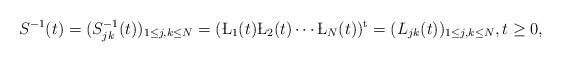
LaTeX: \begin{align*}S^{-1}(t) = (S^{-1}_{jk}(t))_{1 \leq j, k \leq N}= (\L_1(t) \L_2(t) \cdots \L_N (t))^{\rm t}=(L_{jk}(t))_{1 \leq j, k \leq N}, t \geq 0,\end{align*}